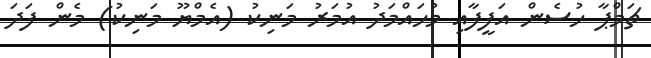
ޗަމްޕާ ހުސެން އަފީފާއި މުހައްމަދު އުމަރު މަނިކު (އެމްޔޫ މަނިކު) މެން ފަދަ